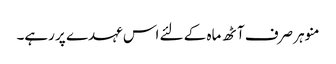
منوہر صرف آٹھ ماہ کے لئے اس عہدے پر رہے۔